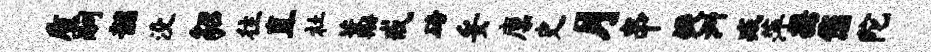
质嗣韶没貂往直社藁戒碚妥廪史月串瓣洲减萍携您陀